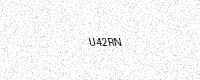
Text: U42RN